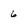
Character: 6